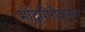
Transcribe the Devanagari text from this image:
भोंदूगिरीपासून